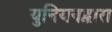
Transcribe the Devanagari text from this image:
युनियनद्वारा